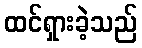
ထင်ရှားခဲ့သည်